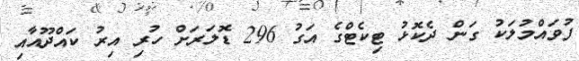
ފުވައްމުލަކު ގަން ދެކޮޅު ޓިކެޓްގެ އަގު 296 ޑޮލަރަށް ހުރި އިރު ކައްދޫއާއި